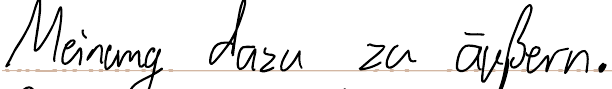
Meinung dazu zu äußern.